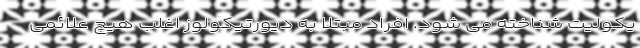
یکولیت شناخته می شود. افراد مبتلا به دیورتیکولوز اغلب هیچ علائمی